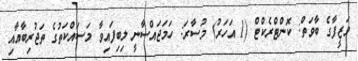
ވަޒީފާގެ ބާވަތް: ކޮންޓްރެކްޓް (1 އަހަރު) މުސާރަ: ހަމަޖައްސާނީ ލިބިފައިވާ މަސައްކަތުގެ ތަޖުރިބާއާއި